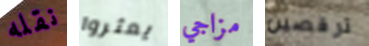
نقله يعثروا مزاجي ترقصين